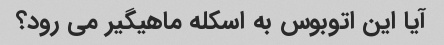
آیا این اتوبوس به اسکله ماهیگیر می رود؟